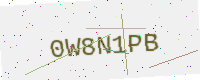
Text: 0W8N1PB